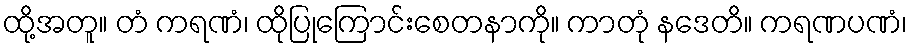
ထို့အတူ။ တံ ကရဏံ၊ ထိုပြုကြောင်းစေတနာကို။ ကာတုံ နဒေတိ။ ကရဏပဏံ၊